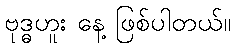
ဗုဒ္ဓဟူး နေ့ ဖြစ်ပါတယ်။